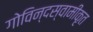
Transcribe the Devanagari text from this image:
गोविन्दस्वामीकृत